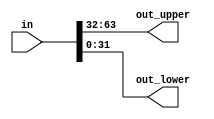
/*

Module: Core_Halfer
Input: 64-bit inupt
Output: Two 32-bit outputs, splitting the input in two 
Modules Used: N/A

*/

`timescale 1 ns/ 1 ps

module Core_Halfer(in, out_upper, out_lower);
  input [63:0] in;
  output [31:0] out_upper;
  output [31:0] out_lower;
  
  assign out_upper = in[63:32];
  assign out_lower = in[31:0];
  
endmodule